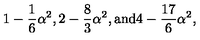
1 - \frac { 1 } { 6 } \alpha ^ { 2 } , 2 - \frac { 8 } { 3 } \alpha ^ { 2 } , { } \mathrm { a n d } 4 - \frac { 1 7 } { 6 } \alpha ^ { 2 } ,